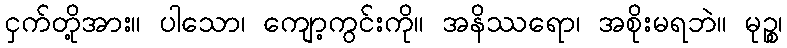
ငှက်တို့အား။ ပါသော၊ ကျော့ကွင်းကို။ အနိဿရော၊ အစိုးမရဘဲ။ မုဉ္စ၊